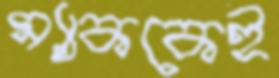
ম্যাককেই